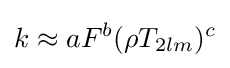
k\approx aF^{b}(\rho T_{2lm})^{c}